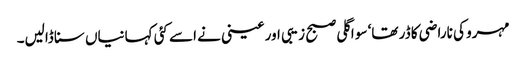
مہرو کی ناراضی کا ڈر تھا‘ سو اگلی صبح زیبی اور عینی نے اسے کئی کہانیاں سنا ڈالیں۔